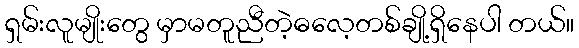
ရှမ်းလူမျိုးတွေ မှာမတူညီတဲ့ဓလေ့တစ်ချို့ရှိနေပါ တယ်။